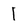
Character: 1